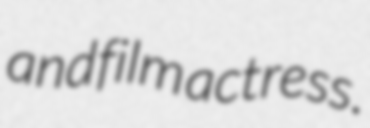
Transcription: and film actress.